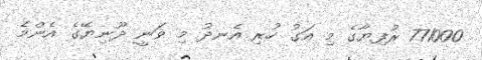
771000 ރުފިޔާގެ މި އަގު ހުރި އެނދު މި ވަނީ ދޫނިޔޭގެ އެންމެ